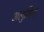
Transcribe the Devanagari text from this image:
अलुमिना